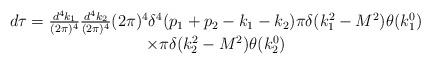
LaTeX: \begin{align*}\begin{array}{c}d\tau =\frac{d^4k_1}{(2\pi )^4}\frac{d^4k_2}{(2\pi )^4}(2\pi )^4\delta^4(p_1+p_2-k_1-k_2)\pi \delta (k_1^2-M^2)\theta (k_1^0) \\ \times \pi \delta (k_2^2-M^2)\theta (k_2^0)\end{array}\end{align*}